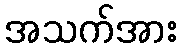
အသက်အား